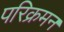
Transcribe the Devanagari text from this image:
परिक्रमन